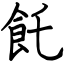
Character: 飥